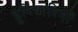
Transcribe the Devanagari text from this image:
हुरियारिनों